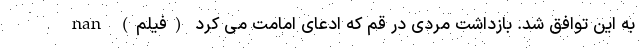
به این توافق شد. بازداشت مردی در قم که ادعای امامت می کرد (فیلم) nan